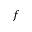
f